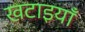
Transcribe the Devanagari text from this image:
खटाइयाँ